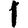
Digit: 1